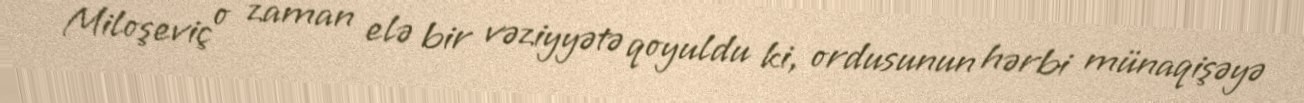
Miloşeviç o zaman elə bir vəziyyətə qoyuldu ki, ordusunun hərbi münaqişəyə